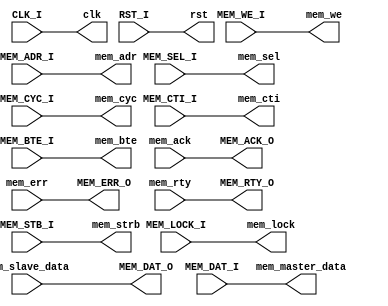
module mpassthru 
  #(parameter MEM_WB_ADR_WIDTH = 32,
    parameter MEM_WB_DAT_WIDTH = 32
    )
   (
    // wishbone Memory signals
    input [MEM_WB_ADR_WIDTH-1:0] MEM_ADR_I,
    input [MEM_WB_DAT_WIDTH-1:0] MEM_DAT_I,
    input MEM_WE_I,
    input [MEM_WB_DAT_WIDTH/8-1:0] MEM_SEL_I,
    input MEM_STB_I,
    input MEM_CYC_I,
    input MEM_LOCK_I,
    input [2:0] MEM_CTI_I,
    input [1:0] MEM_BTE_I,
    output [MEM_WB_DAT_WIDTH-1:0] MEM_DAT_O,
    output MEM_ACK_O,
    output MEM_ERR_O,
    output MEM_RTY_O,
    // clk/reset   
    output clk,
    output rst,
    // external signals (Memory passthru)
    output [MEM_WB_ADR_WIDTH-1:0] mem_adr,
    output [MEM_WB_DAT_WIDTH-1:0] mem_master_data,
    input [MEM_WB_DAT_WIDTH-1:0] mem_slave_data,
    output mem_strb,
    output mem_cyc,
    input mem_ack,
    input mem_err,
    input mem_rty,
    output [MEM_WB_DAT_WIDTH/8-1:0] mem_sel,
    output mem_we,
    output [1:0] mem_bte,
    output [2:0] mem_cti,
    output mem_lock,
    //
    // others
    //
    input CLK_I,
    input RST_I
   );

        //----------------------------------------------------
        //
        // pass signals to an external entity (Memory-passthru)
        //
        //----------------------------------------------------
        assign      mem_adr         =   MEM_ADR_I;
        assign      mem_master_data =   MEM_DAT_I;
        assign      MEM_DAT_O         =   mem_slave_data;
        assign      mem_strb        =   MEM_STB_I;
        assign      mem_cyc         =   MEM_CYC_I;
        assign      MEM_ACK_O         =   mem_ack;
        assign      MEM_ERR_O         =   mem_err;
        assign      MEM_RTY_O         =   mem_rty;
        assign      mem_sel         =   MEM_SEL_I;
        assign      mem_we          =   MEM_WE_I;
        assign      mem_bte         =   MEM_BTE_I;
        assign      mem_cti         =   MEM_CTI_I;
        assign      mem_lock        =   MEM_LOCK_I;
        assign      clk             =   CLK_I;
        assign      rst             =   RST_I;

endmodule